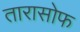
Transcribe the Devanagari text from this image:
तारासोफ